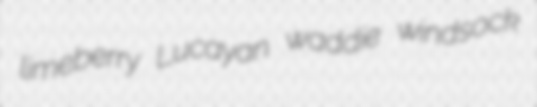
limeberry Lucayan waddie windsock